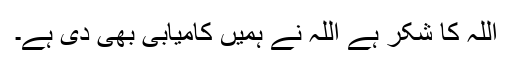
اللہ کا شکر ہے اللہ نے ہمیں کامیابی بھی دی ہے۔